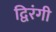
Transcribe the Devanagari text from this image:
द्विरंगी